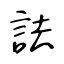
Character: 詓